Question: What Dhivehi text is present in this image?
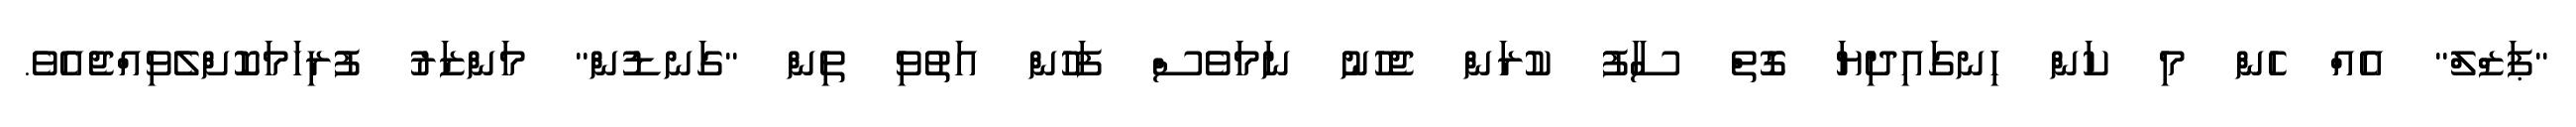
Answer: "ޕަޒްލް" އެއް ހެން މި ކަން ހިނގައިދިޔަ ގޮތް ސާފު ކުރަން ޖެހުނު ނަމަވެސް ފަހުން އަތުވި ތިން "ގަނޑުން" މަންޒަރު ފުރިހަމަކޮށްލެވިއްޖެއެވެ.